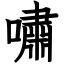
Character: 嘯